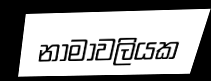
නාමාවලියක